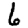
Digit: 6